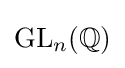
\textstyle \mathrm {GL} _{n}(\mathbb {Q} )